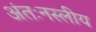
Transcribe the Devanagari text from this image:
अंतःनस्लीय